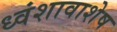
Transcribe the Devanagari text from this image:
ध्वंशावाशेष